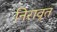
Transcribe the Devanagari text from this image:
निरावृत